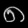
Digit: ၈